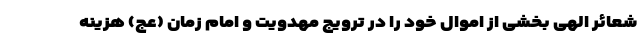
شعائر الهی بخشی از اموال خود را در ترویج مهدویت و امام زمان (عج) هزینه